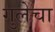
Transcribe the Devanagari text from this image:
गुलेचा